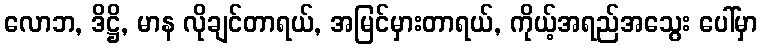
လောဘ, ဒိဋ္ဌိ, မာန လိုချင်တာရယ်, အမြင်မှားတာရယ်, ကိုယ့်အရည်အသွေး ပေါ်မှာ